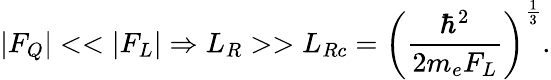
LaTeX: |F_{Q}|<<|F_{L}|\Rightarrow L_{R}>>L_{Rc}=\left(\frac{\hbar^{2}}{2m_{e}F_{L}}\right)^{\frac{1}{3}}.